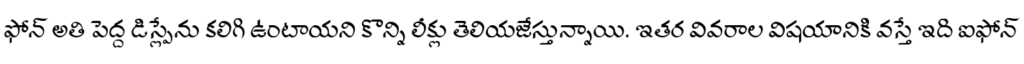
ఫోన్ అతి పెద్ద డిస్ప్లేను కలిగి ఉంటాయని కొన్ని లీక్లు తెలియజేస్తున్నాయి. ఇతర వివరాల విషయానికి వస్తే ఇది ఐఫోన్